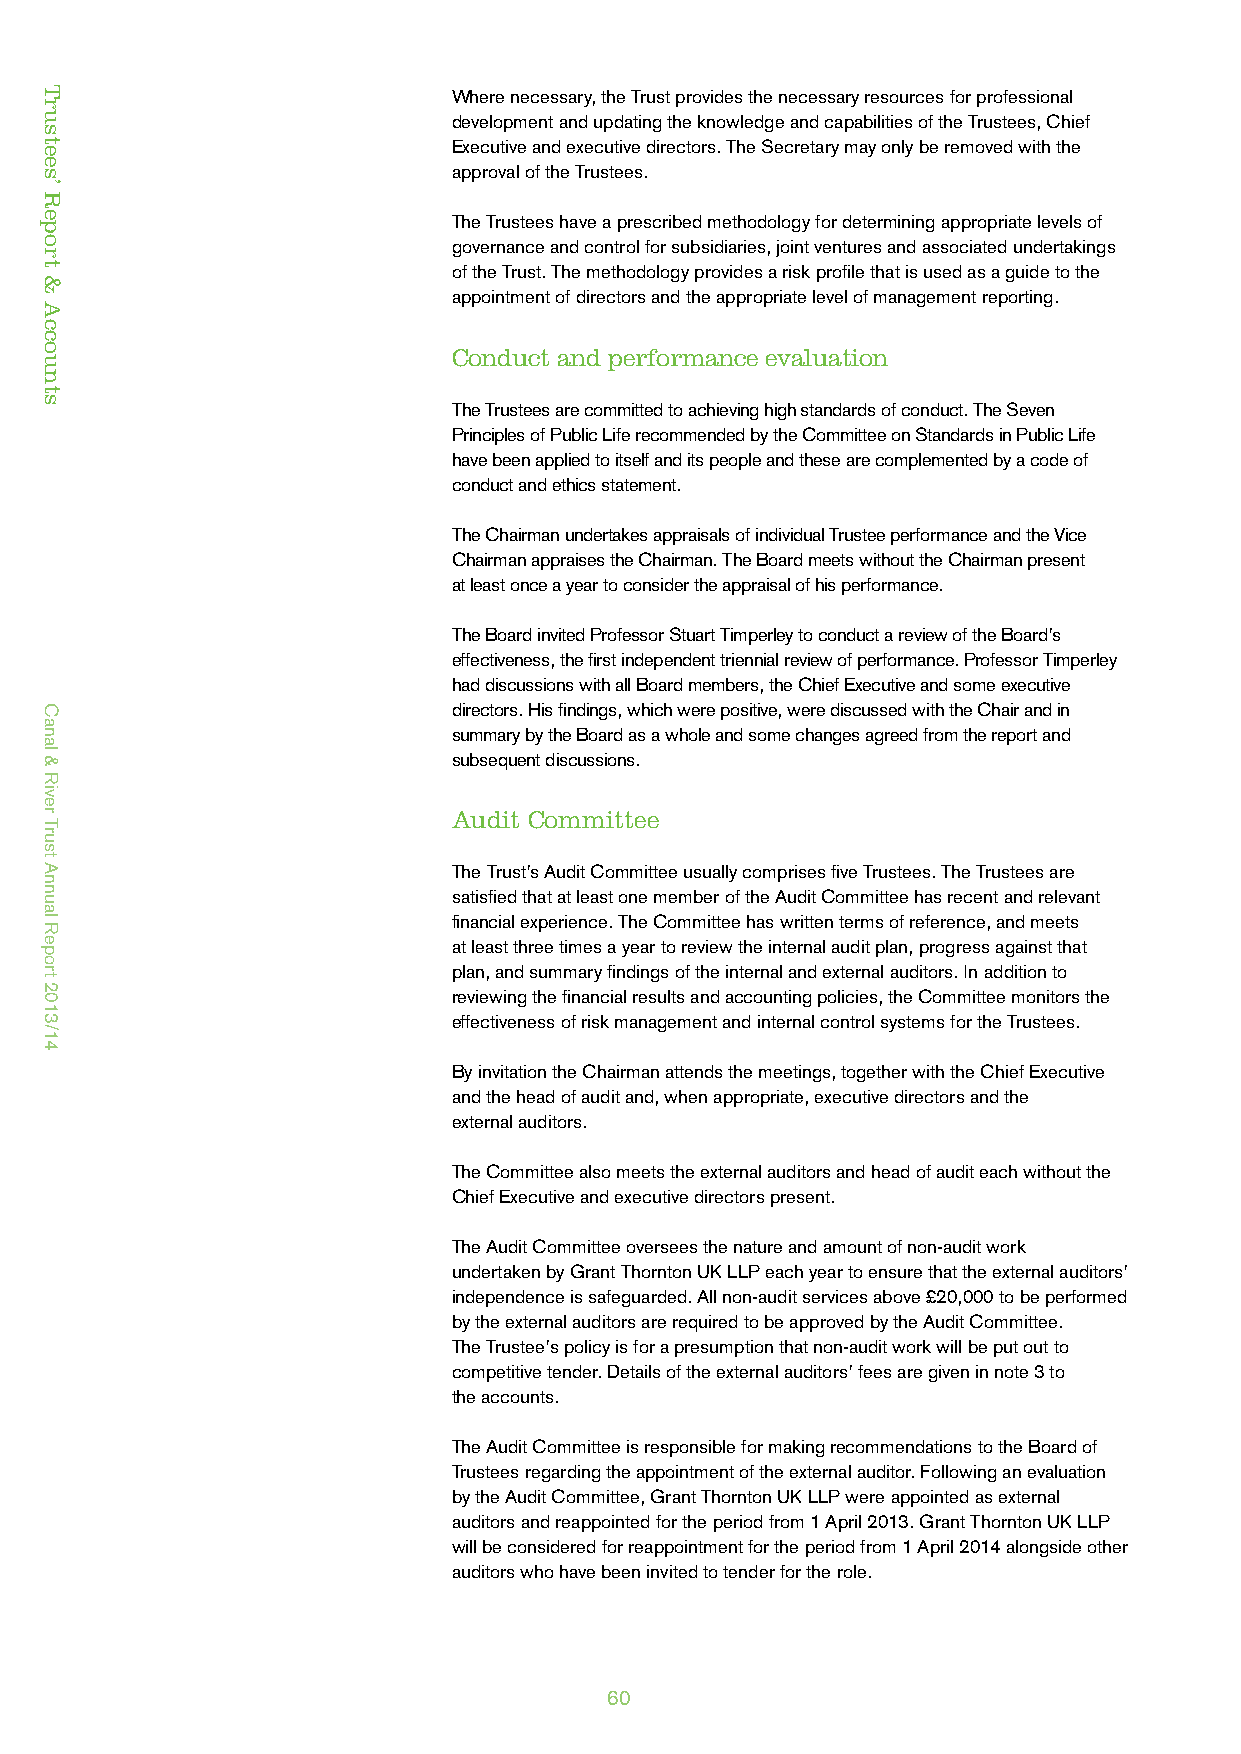
Where necessary, the Trust provides the necessary resources for professional
 development and updating the knowledge and capabilities of the Trustees, Chief
 Executive and executive directors. The Secretary may only be removed with the
 approval of the Trustees.
 The Trustees have a prescribed methodology for determining appropriate levels of
 governance and control for subsidiaries, joint ventures and associated undertakings
 of the Trust. The methodology provides a risk profile that is used as a guide to the
 appointment of directors and the appropriate level of management reporting.
 Conduct and performance evaluation
 The Trustees are committed to achieving high standards of conduct. The Seven
 Principles of Public Life recommended by the Committee on Standards in Public Life
 have been applied to itself and its people and these are complemented by a code of
 conduct and ethics statement.
 The Chairman undertakes appraisals of individual Trustee performance and the Vice
 Chairman appraises the Chairman. The Board meets without the Chairman present
 at least once a year to consider the appraisal of his performance.
 The Board invited Professor Stuart Timperley to conduct a review of the Board’s
 effectiveness, the first independent triennial review of performance. Professor Timperley
 had discussions with all Board members, the Chief Executive and some executive
 directors. His findings, which were positive, were discussed with the Chair and in
 summary by the Board as a whole and some changes agreed from the report and
 subsequent discussions.
 Audit Committee
 The Trust’s Audit Committee usually comprises five Trustees. The Trustees are
 satisfied that at least one member of the Audit Committee has recent and relevant
 financial experience. The Committee has written terms of reference, and meets
 at least three times a year to review the internal audit plan, progress against that
 plan, and summary findings of the internal and external auditors. In addition to
 reviewing the financial results and accounting policies, the Committee monitors the
 effectiveness of risk management and internal control systems for the Trustees.
 By invitation the Chairman attends the meetings, together with the Chief Executive
 and the head of audit and, when appropriate, executive directors and the
 external auditors.
 The Committee also meets the external auditors and head of audit each without the
 Chief Executive and executive directors present.
 The Audit Committee oversees the nature and amount of non-audit work
 undertaken by Grant Thornton UK LLP each year to ensure that the external auditors’
 independence is safeguarded. All non-audit services above £20,000 to be performed
 by the external auditors are required to be approved by the Audit Committee.
 The Trustee’s policy is for a presumption that non-audit work will be put out to
 competitive tender. Details of the external auditors’ fees are given in note 3 to
 the accounts.
 The Audit Committee is responsible for making recommendations to the Board of
 Trustees regarding the appointment of the external auditor. Following an evaluation
 by the Audit Committee, Grant Thornton UK LLP were appointed as external
 auditors and reappointed for the period from 1 April 2013. Grant Thornton UK LLP
 will be considered for reappointment for the period from 1 April 2014 alongside other
 auditors who have been invited to tender for the role.
 60
 Trustees’
 Report
 &
 Accounts
 Canal
 &
 River
 Trust
 Annual
 Report
 2013/14